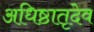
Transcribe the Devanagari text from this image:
अधिष्ठातृदेव